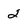
Character: 2